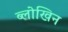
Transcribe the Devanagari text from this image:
ब्लोखिन